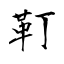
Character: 靪